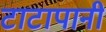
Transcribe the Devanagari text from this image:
टाटापानी